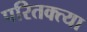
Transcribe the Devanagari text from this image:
परितक्त्या